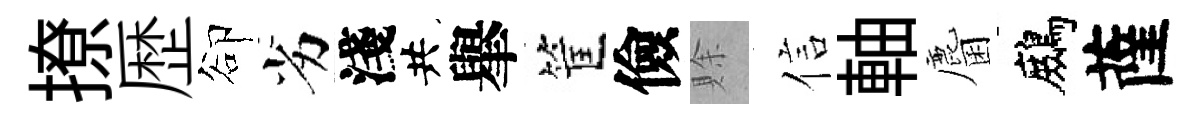
撩歴卻劣淺共𦦙筐儉賖信軸麕鷓薩